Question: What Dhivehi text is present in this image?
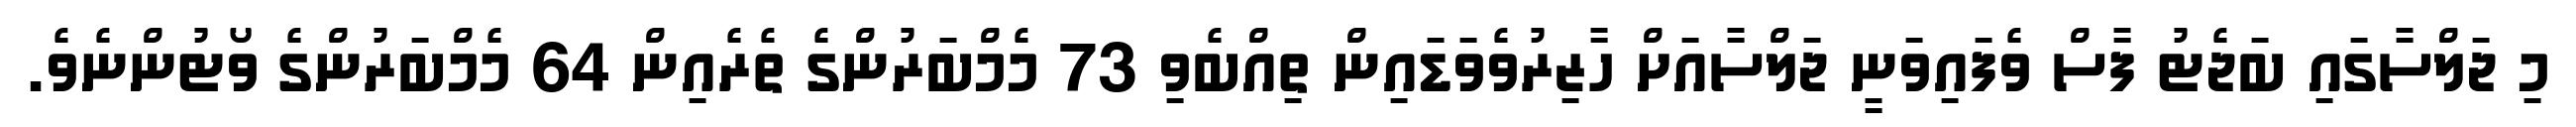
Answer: މި ޖަލްސާގައި ބަޖެޓު ފާސް ވެފައިވަނީ ޖަލްސާއަށް ހާޒިރުވެވަޑައިން ތިއްބެވި 73 މެމްބަރުންގެ ތެރެއިން 64 މެމްބަރުންގެ ވޯޓުންނެވެ.